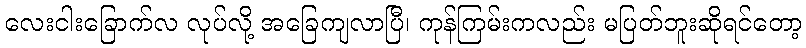
လေးငါးခြောက်လ လုပ်လို့ အခြေကျလာပြီ၊ ကုန်ကြမ်းကလည်း မပြတ်ဘူးဆိုရင်တော့